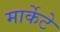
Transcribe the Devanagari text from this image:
मार्केटे